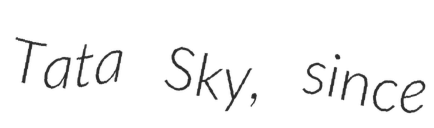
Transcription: Tata Sky, since